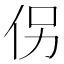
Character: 𪜯